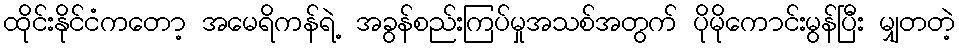
ထိုင်းနိုင်ငံကတော့ အမေရိကန်ရဲ့ အခွန်စည်းကြပ်မှုအသစ်အတွက် ပိုမိုကောင်းမွန်ပြီး မျှတတဲ့